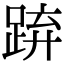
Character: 𨁐